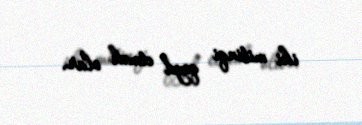
iki mitinqi qeyd etmək olar.